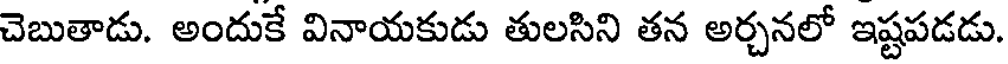
చెబుతాడు. అందుకే వినాయకుడు తులసిని తన అర్చనలో ఇష్టపడడు.